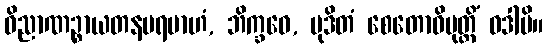
ဝိညာဏဉ္စာယတနပရမာဟံ, ဘိက္ခဝေ, မုဒိတံ စေတောဝိမုတ္တိံ ဝဒါမိ။